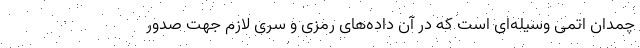
چمدان اتمی وسیله‌ای است که در آن داده‌های رمزی و سری لازم جهت صدور